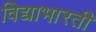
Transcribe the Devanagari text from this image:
विद्याभारती